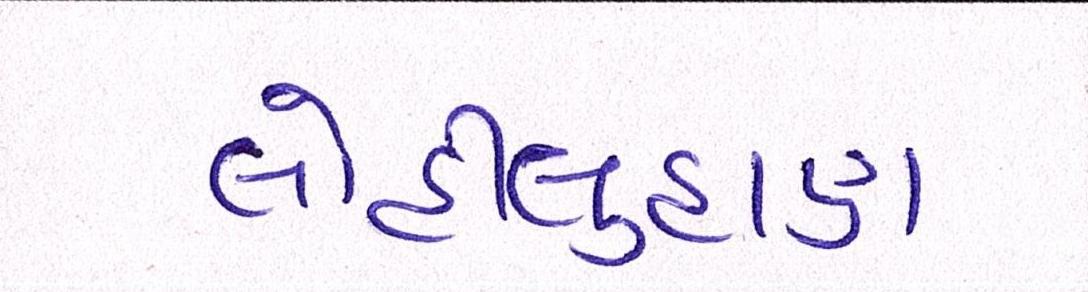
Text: લોહીલુહાણ